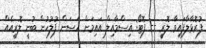
ފުރޮޅާލާފައިވާ ލޮރީ -- ފޮޓޯ: އިސްމާއިލް އައިމަން ހަސަން ފުލުހުން ބުނީ ލޮރީއެއް